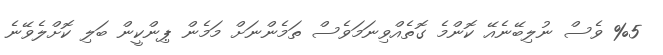
%5 ވެސް ނުލިބޭނެއޭ ކޮންމެ ގޮތެއްވިނަމަވެސް ތަމެންނަށް މަމެން ޕިންކީން ބަލި ކޮށްލެވޭނެ